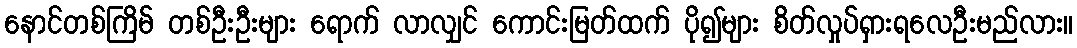
နောင်တစ်ကြိမ် တစ်ဦးဦးများ ရောက် လာလျှင် ကောင်းမြတ်ထက် ပို၍များ စိတ်လှုပ်ရှားရလေဦးမည်လား။